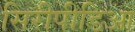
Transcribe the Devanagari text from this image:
सिरीपीडिआ